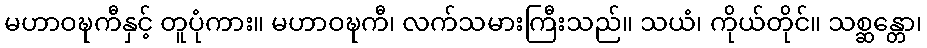
မဟာဝဍ္ဎကီနှင့် တူပုံကား။ မဟာဝဍ္ဎကီ၊ လက်သမားကြီးသည်။ သယံ၊ ကိုယ်တိုင်။ သစ္ဆန္တော၊